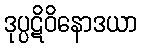
ဒုပ္ပဋိဝိနောဒယာ